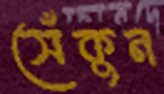
সেঁকুন